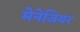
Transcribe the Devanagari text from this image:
मेनेजियर